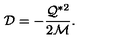
{ \cal D } = - \frac { { \cal Q } ^ { * 2 } } { 2 { \cal M } } .